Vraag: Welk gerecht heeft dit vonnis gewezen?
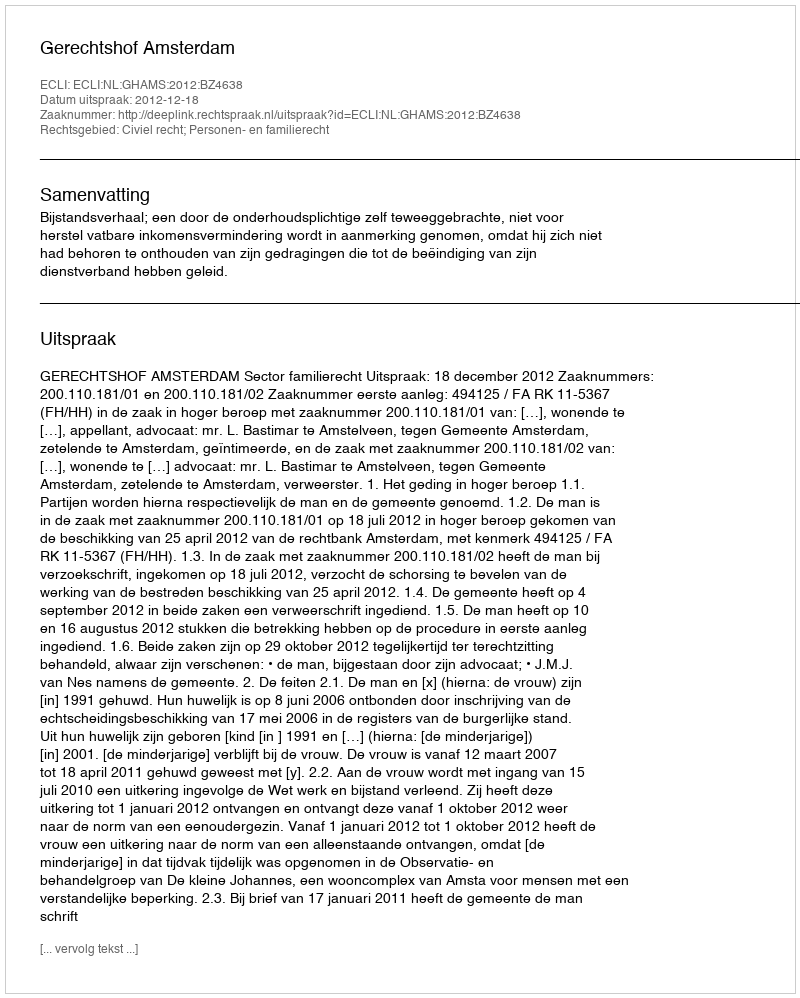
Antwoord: Gerechtshof Amsterdam